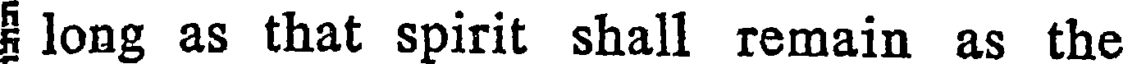
long as that spirit shall remain as the